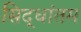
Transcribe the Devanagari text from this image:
सिद्धांतम